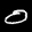
Label: 0